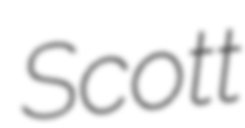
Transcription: Scott